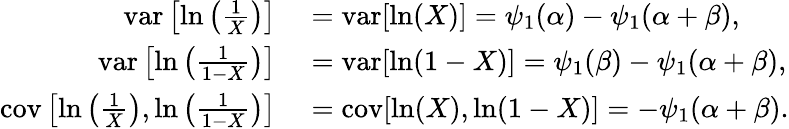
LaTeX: \begin{array}{rl}{\operatorname{var}\left[\ln\left({\frac{1}{X}}\right)\right]}&{{}=\operatorname{var}[\ln(X)]=\psi_{1}(\alpha)-\psi_{1}(\alpha+\beta),}\\ {\operatorname{var}\left[\ln\left({\frac{1}{1-X}}\right)\right]}&{{}=\operatorname{var}[\ln(1-X)]=\psi_{1}(\beta)-\psi_{1}(\alpha+\beta),}\\ {\operatorname{cov}\left[\ln\left({\frac{1}{X}}\right),\ln\left({\frac{1}{1-X}}\right)\right]}&{{}=\operatorname{cov}[\ln(X),\ln(1-X)]=-\psi_{1}(\alpha+\beta).}\end{array}